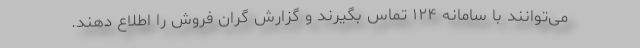
می‌توانند با سامانه ۱۲۴ تماس بگیرند و گزارش گران فروش را اطلاع دهند.